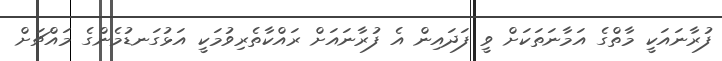
ފުރާނައަކީ މާތްގެ އަމާނަތަކަށް ވީ ފަދައިން އެ ފުރާނައަށް ރައްކާތެރިވުމަކީ އަޅުގަނޑުމެންގެ މައްޗަށް